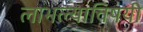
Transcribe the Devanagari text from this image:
लाभल्याविषयी